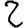
Digit: 2